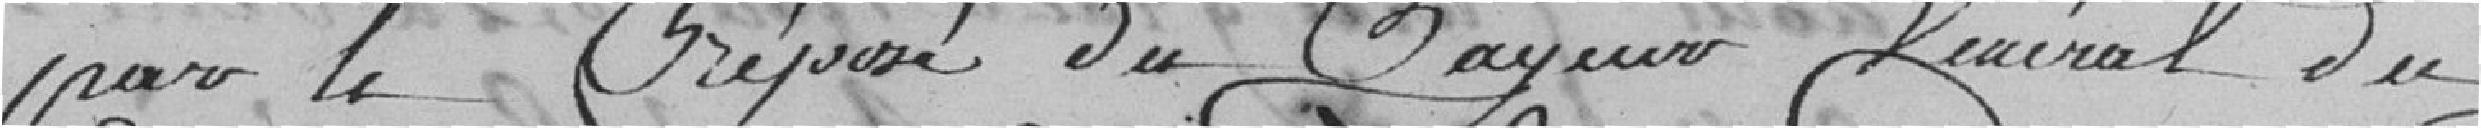
par le préposé du payeur Général du